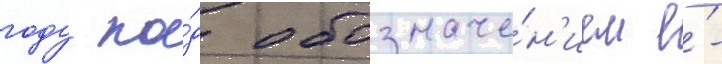
году по́д обозначе́н'ием е́-